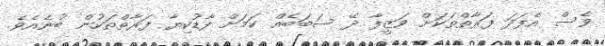
ވެސް އެފަދަ ފަރާތްތަކަށް ވަޒީފާ ދޭ ސަބަބެއް ކަމަށް ފާޑުކިޔާ ފަރާތްތަކުން ބުނެއެވެ.